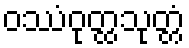
ဝဿံဝုတ္ထသုတ္တံ